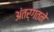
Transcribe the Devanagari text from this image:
अंतर्गतने